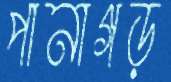
পানাগড়